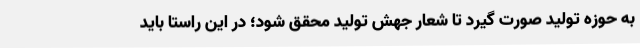
به حوزه تولید صورت گیرد تا شعار جهش تولید محقق شود؛ در این راستا باید